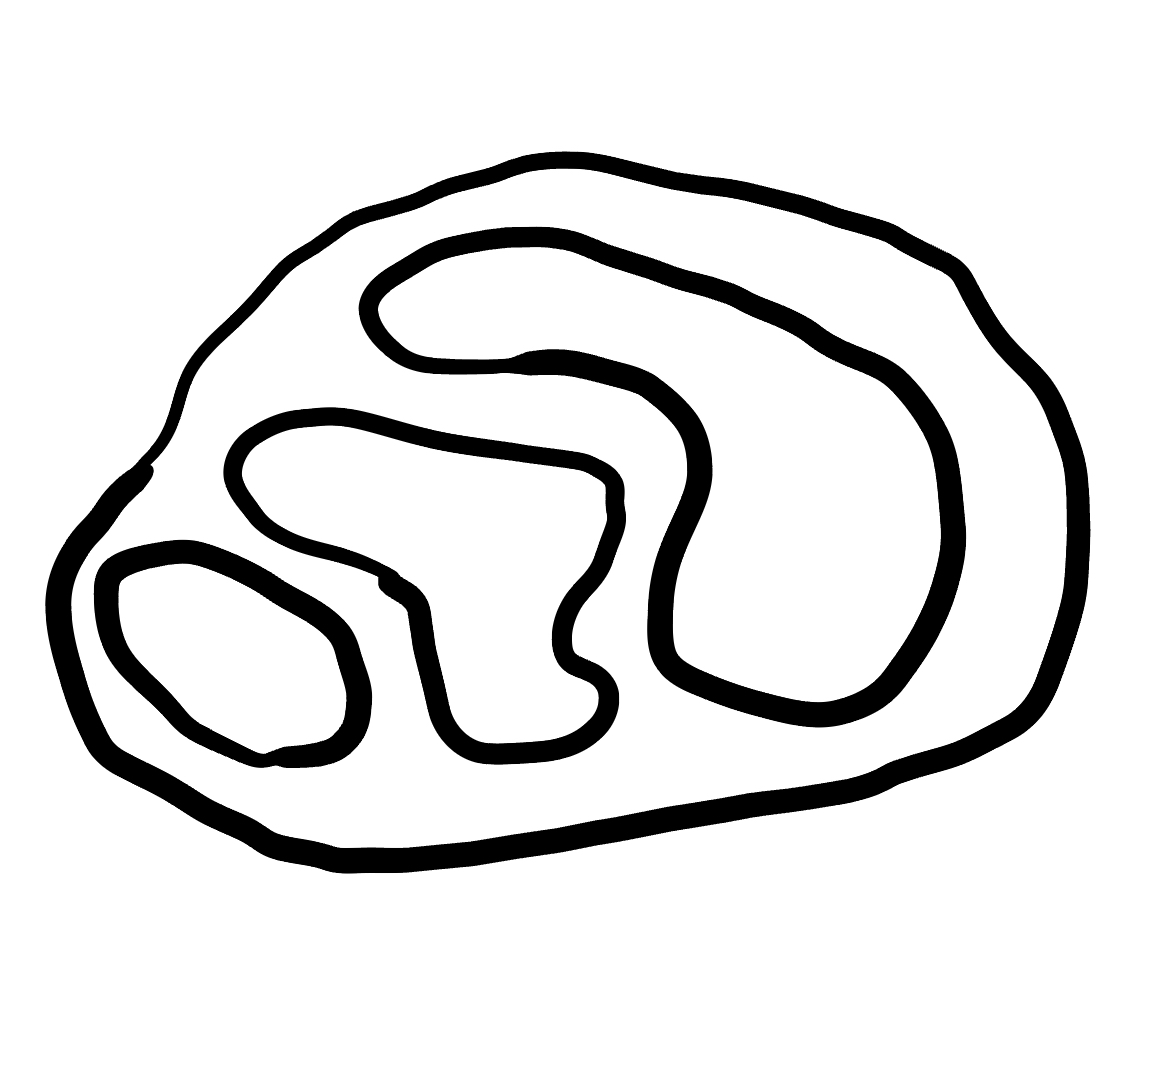
Number of regions (including the outer root region): 5
Containment tree edges (parent, child): 0, 1, 1, 2, 1, 3, 1, 4